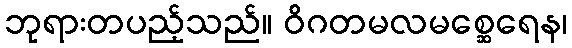
ဘုရားတပည့်သည်။ ဝိဂတမလမစ္ဆေရေန၊